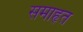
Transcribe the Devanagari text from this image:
समाहृत